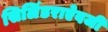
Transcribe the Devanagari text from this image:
सिलिंडराऐवजी